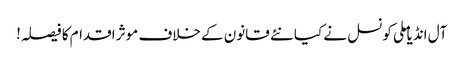
آل انڈیا ملی کونسل نے کیا نئے قانون کے خلاف موثر اقدام کا فیصلہ!